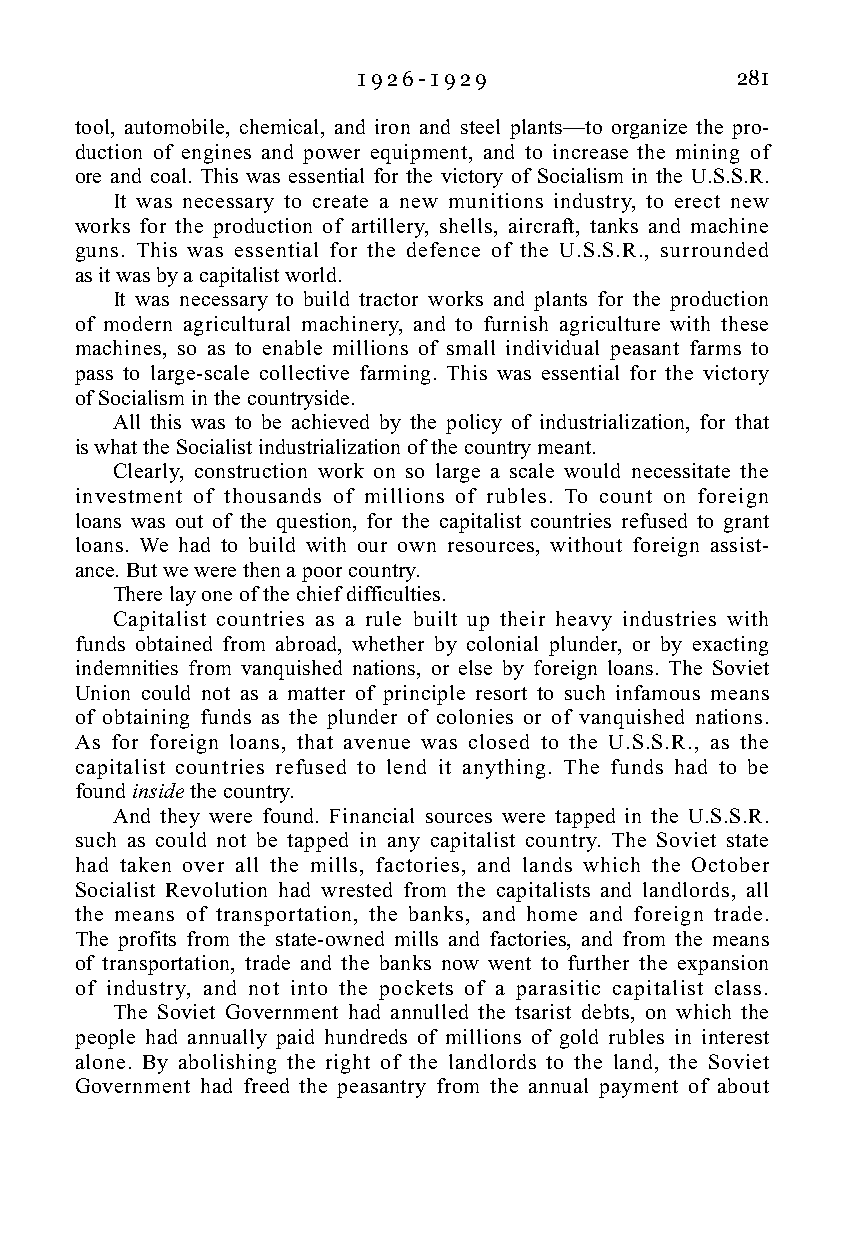
1 9 2 6 - 1 9 2 9        281
 tool, automobile, chemical, and iron and steel plants—to organize the pro-
 duction of engines and power equipment, and to increase the mining of
 ore and coal. This was essential for the victory of Socialism in the U.S.S.R.
 It was necessary to create a new munitions industry, to erect new
 works for the production of artillery, shells, aircraft, tanks and machine
 guns. This was essential for the defence of the U.S.S.R., surrounded
 as it was by a capitalist world.
 It was necessary to build tractor works and plants for the production
 of modern agricultural machinery, and to furnish agriculture with these
 machines, so as to enable millions of small individual peasant farms to
 pass to large-scale collective farming. This was essential for the victory
 of Socialism in the countryside.
 All this was to be achieved by the policy of industrialization, for that
 is what the Socialist industrialization of the country meant.
 Clearly, construction work on so large a scale would necessitate the
 investment of thousands of millions of rubles. To count on foreign
 loans was out of the question, for the capitalist countries refused to grant
 loans. We had to build with our own resources, without foreign assist-
 ance. But we were then a poor country.
 There lay one of the chief difficulties.
 Capitalist countries as a rule built up their heavy industries with
 funds obtained from abroad, whether by colonial plunder, or by exacting
 indemnities from vanquished nations, or else by foreign loans. The Soviet
 Union could not as a matter of principle resort to such infamous means
 of obtaining funds as the plunder of colonies or of vanquished nations.
 As for foreign loans, that avenue was closed to the U.S.S.R., as the
 capitalist countries refused to lend it anything. The funds had to be
 found inside the country.
 And they were found. Financial sources were tapped in the U.S.S.R.
 such as could not be tapped in any capitalist country. The Soviet state
 had taken over all the mills, factories, and lands which the October
 Socialist Revolution had wrested from the capitalists and landlords, all
 the means of transportation, the banks, and home and foreign trade.
 The profits from the state-owned mills and factories, and from the means
 of transportation, trade and the banks now went to further the expansion
 of industry, and not into the pockets of a parasitic capitalist class.
 The Soviet Government had annulled the tsarist debts, on which the
 people had annually paid hundreds of millions of gold rubles in interest
 alone. By abolishing the right of the landlords to the land, the Soviet
 Government had freed the peasantry from the annual payment of about